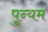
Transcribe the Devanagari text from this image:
पुन्यम